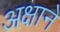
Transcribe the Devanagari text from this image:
अक्षाने